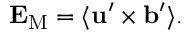
{ \bf { E } } _ { \mathrm { { M } } } = \langle { { \bf { u } } ^ { \prime } \times { \bf { b } } ^ { \prime } } \rangle .